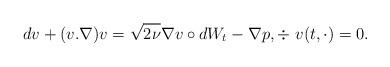
LaTeX: \begin{align*}d v +(v.\nabla )v =\sqrt{2\nu} \nabla v \circ dW_t -\nabla p, \div ~v(t,\cdot)=0.\end{align*}